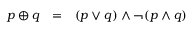
\begin{array} { l l l } { p \oplus q } & { = } & { ( p \lor q ) \land \lnot ( p \land q ) } \end{array}